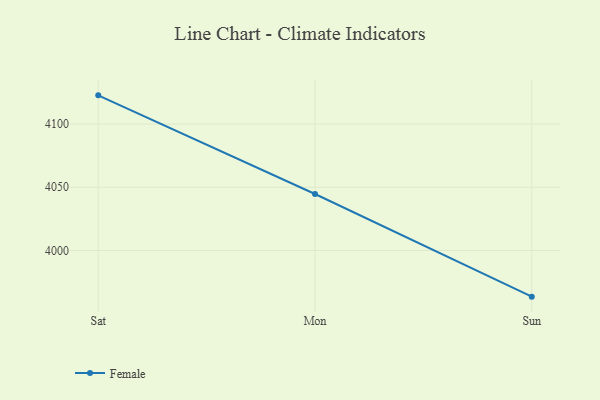
{"axis": {"x": "Day", "y": "Latency (ms)"}, "legend": ["Female"], "data": [{"x": "Sat", "y": 4122.7, "type": "Female"}, {"x": "Mon", "y": 4044.7, "type": "Female"}, {"x": "Sun", "y": 3963.5, "type": "Female"}]}